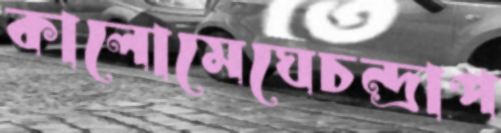
কালোমেঘেচন্দ্রাপ